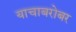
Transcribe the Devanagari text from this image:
याचाबरोबर